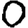
Digit: 0